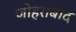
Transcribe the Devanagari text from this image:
जोहराबाद